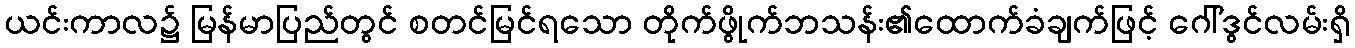
ယင်းကာလ၌ မြန်မာပြည်တွင် စတင်မြင်ရသော တိုက်ဖွိုက်ဘသန်း၏ထောက်ခံချက်ဖြင့် ဂေါ်ဒွင်လမ်းရှိ